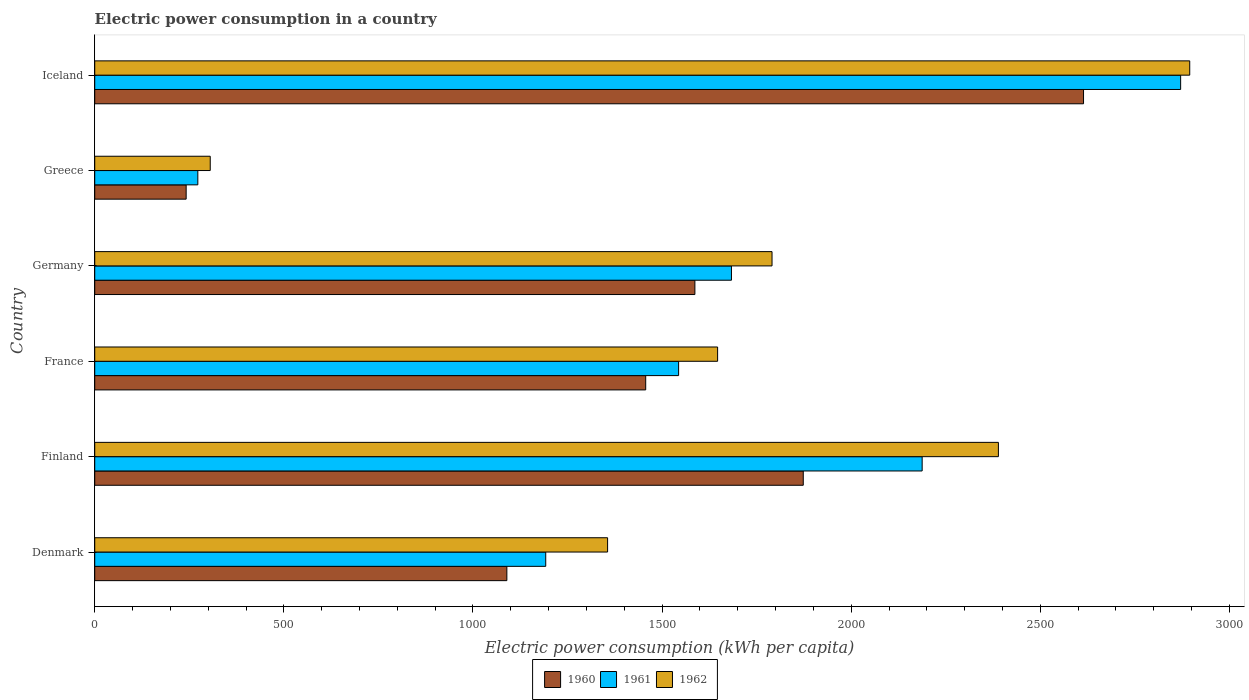
| Country | 1960 | 1961 | 1962 |
 | --- | --- | --- | --- |
 | Denmark | 1.09e+03 | 1.19e+03 | 1.36e+03 |
 | Finland | 1.87e+03 | 2.19e+03 | 2.39e+03 |
 | France | 1.46e+03 | 1.54e+03 | 1.65e+03 |
 | Germany | 1.59e+03 | 1.68e+03 | 1.79e+03 |
 | Greece | 242 | 273 | 305 |
 | Iceland | 2.61e+03 | 2.87e+03 | 2.9e+03 |